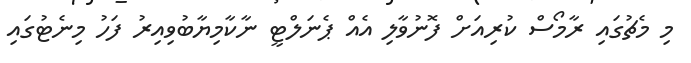
މި މެޗުގައި ރާމޯސް ކުރިއަށް ފޮނުވާލި އެއް ޕެނަލްޓީ ނާކާމިޔާބުވިއިރު ފަހު މިނެޓުގައި